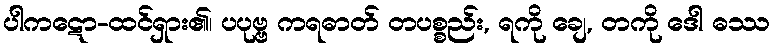
ပါကဋော-ထင်ရှား၏၊ ပပုဗ္ဗ ကရဓာတ် တပစ္စည်း, ရကို ချေ, တကို ဒေါ ဓဿ